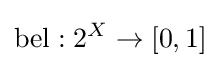
\operatorname {bel} :2^{X}\rightarrow [0,1]\,\!